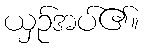
ယှဉ်အပ်၏။